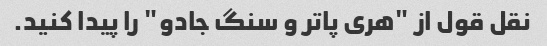
نقل قول از "هری پاتر و سنگ جادو" را پیدا کنید.